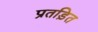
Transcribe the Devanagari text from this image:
प्रतड़ित